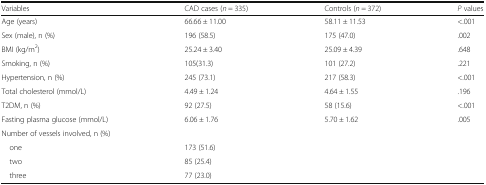
<table><thead><tr><td><b>Variables</b></td><td><b>CAD cases (<i>n</i> = 335)</b></td><td><b>Controls (<i>n</i> = 372)</b></td><td><b><i>P</i> values</b></td></tr></thead><tbody><tr><td>Age (years)</td><td>66.66 ± 11.00</td><td>58.11 ± 11.53</td><td>&lt;.001</td></tr><tr><td>Sex (male), n (%)</td><td>196 (58.5)</td><td>175 (47.0)</td><td>.002</td></tr><tr><td>BMI (kg/m<sup>2</sup>)</td><td>25.24 ± 3.40</td><td>25.09 ± 4.39</td><td>.648</td></tr><tr><td>Smoking, n (%)</td><td>105(31.3)</td><td>101 (27.2)</td><td>.221</td></tr><tr><td>Hypertension, n (%)</td><td>245 (73.1)</td><td>217 (58.3)</td><td>&lt;.001</td></tr><tr><td>Total cholesterol (mmol/L)</td><td>4.49 ± 1.24</td><td>4.64 ± 1.55</td><td>.196</td></tr><tr><td>T2DM, n (%)</td><td>92 (27.5)</td><td>58 (15.6)</td><td>&lt;.001</td></tr><tr><td>Fasting plasma glucose (mmol/L)</td><td>6.06 ± 1.76</td><td>5.70 ± 1.62</td><td>.005</td></tr><tr><td colspan="4">Number of vessels involved, n (%)</td></tr><tr><td> one</td><td>173 (51.6)</td><td></td><td></td></tr><tr><td> two</td><td>85 (25.4)</td><td></td><td></td></tr><tr><td> three</td><td>77 (23.0)</td><td></td><td></td></tr></tbody></table>